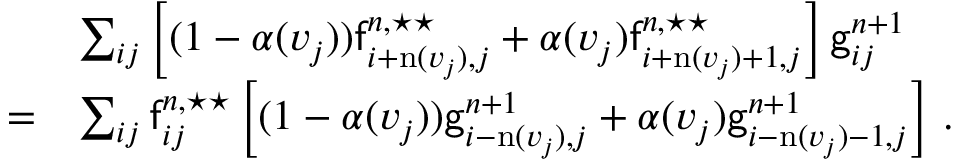
\begin{array} { r l } & { \sum _ { i j } \left[ ( 1 - \alpha ( v _ { j } ) ) \mathsf { f } _ { i + \mathrm { n } ( v _ { j } ) , j } ^ { n , \star \star } + \alpha ( v _ { j } ) \mathsf { f } _ { i + \mathrm { n } ( v _ { j } ) + 1 , j } ^ { n , \star \star } \right] \mathsf { g } _ { i j } ^ { n + 1 } } \\ { = } & { \sum _ { i j } \mathsf { f } _ { i j } ^ { n , \star \star } \left[ ( 1 - \alpha ( v _ { j } ) ) \mathsf { g } _ { i - \mathrm { n } ( v _ { j } ) , j } ^ { n + 1 } + \alpha ( v _ { j } ) \mathsf { g } _ { i - \mathrm { n } ( v _ { j } ) - 1 , j } ^ { n + 1 } \right] \, . } \end{array}